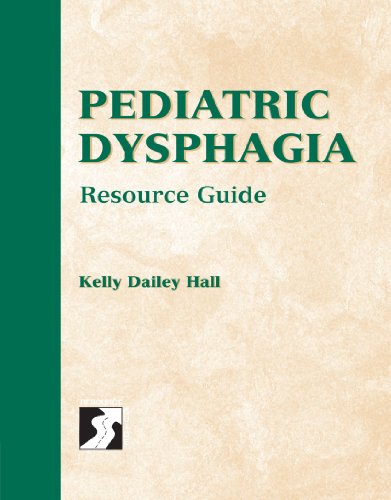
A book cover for Pediatric Dysphagia Resource Guide (Delmar Resource Guide); Kelly D. Hall; Medical Books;